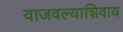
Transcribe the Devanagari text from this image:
वाजवल्याशिवाय